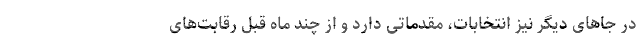
در جاهای دیگر نیز انتخابات، مقدماتی دارد و از چند ماه قبل رقابت‌های